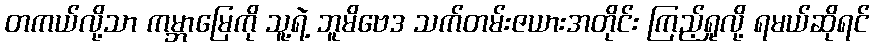
တကယ်လို့သာ ကမ္ဘာမြေကို သူ့ရဲ့ ဘူမိဗေဒ သက်တမ်းဇယားအတိုင်း ကြည့်ရှုလို့ ရမယ်ဆိုရင်